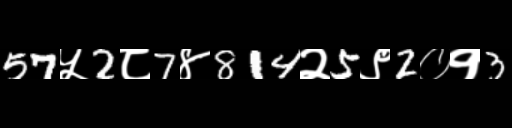
Text: 57५2८7४814२5९2०१3